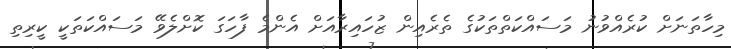
މިހާތަނަށް ކުރެއްވުނު މަސައްކަތްތަކުގެ ތެރެއިން ޒުހައިރާއަށް އެންމެ ފާހަގަ ކޮށްލެވޭ މަސައްކަތަކީ ކީރިތި